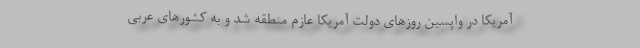
آمریکا در واپسین روز‌های دولت آمریکا عازم منطقه شد و به کشور‌های عربی